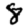
Digit: 8